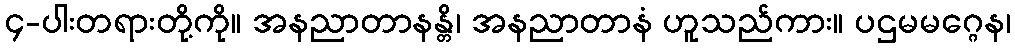
၄-ပါးတရားတို့ကို။ အနညာတာနန္တိ၊ အနညာတာနံ ဟူသည်ကား။ ပဌမမဂ္ဂေန၊